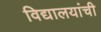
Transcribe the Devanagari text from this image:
विद्यालयांची